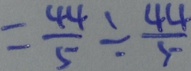
= \frac { 4 4 } { 5 } \div \frac { 4 4 } { 5 }